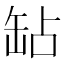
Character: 䍄